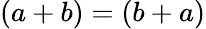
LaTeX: (a+b)=(b+a)